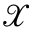
\mathcal { X }